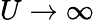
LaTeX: U\rightarrow\infty